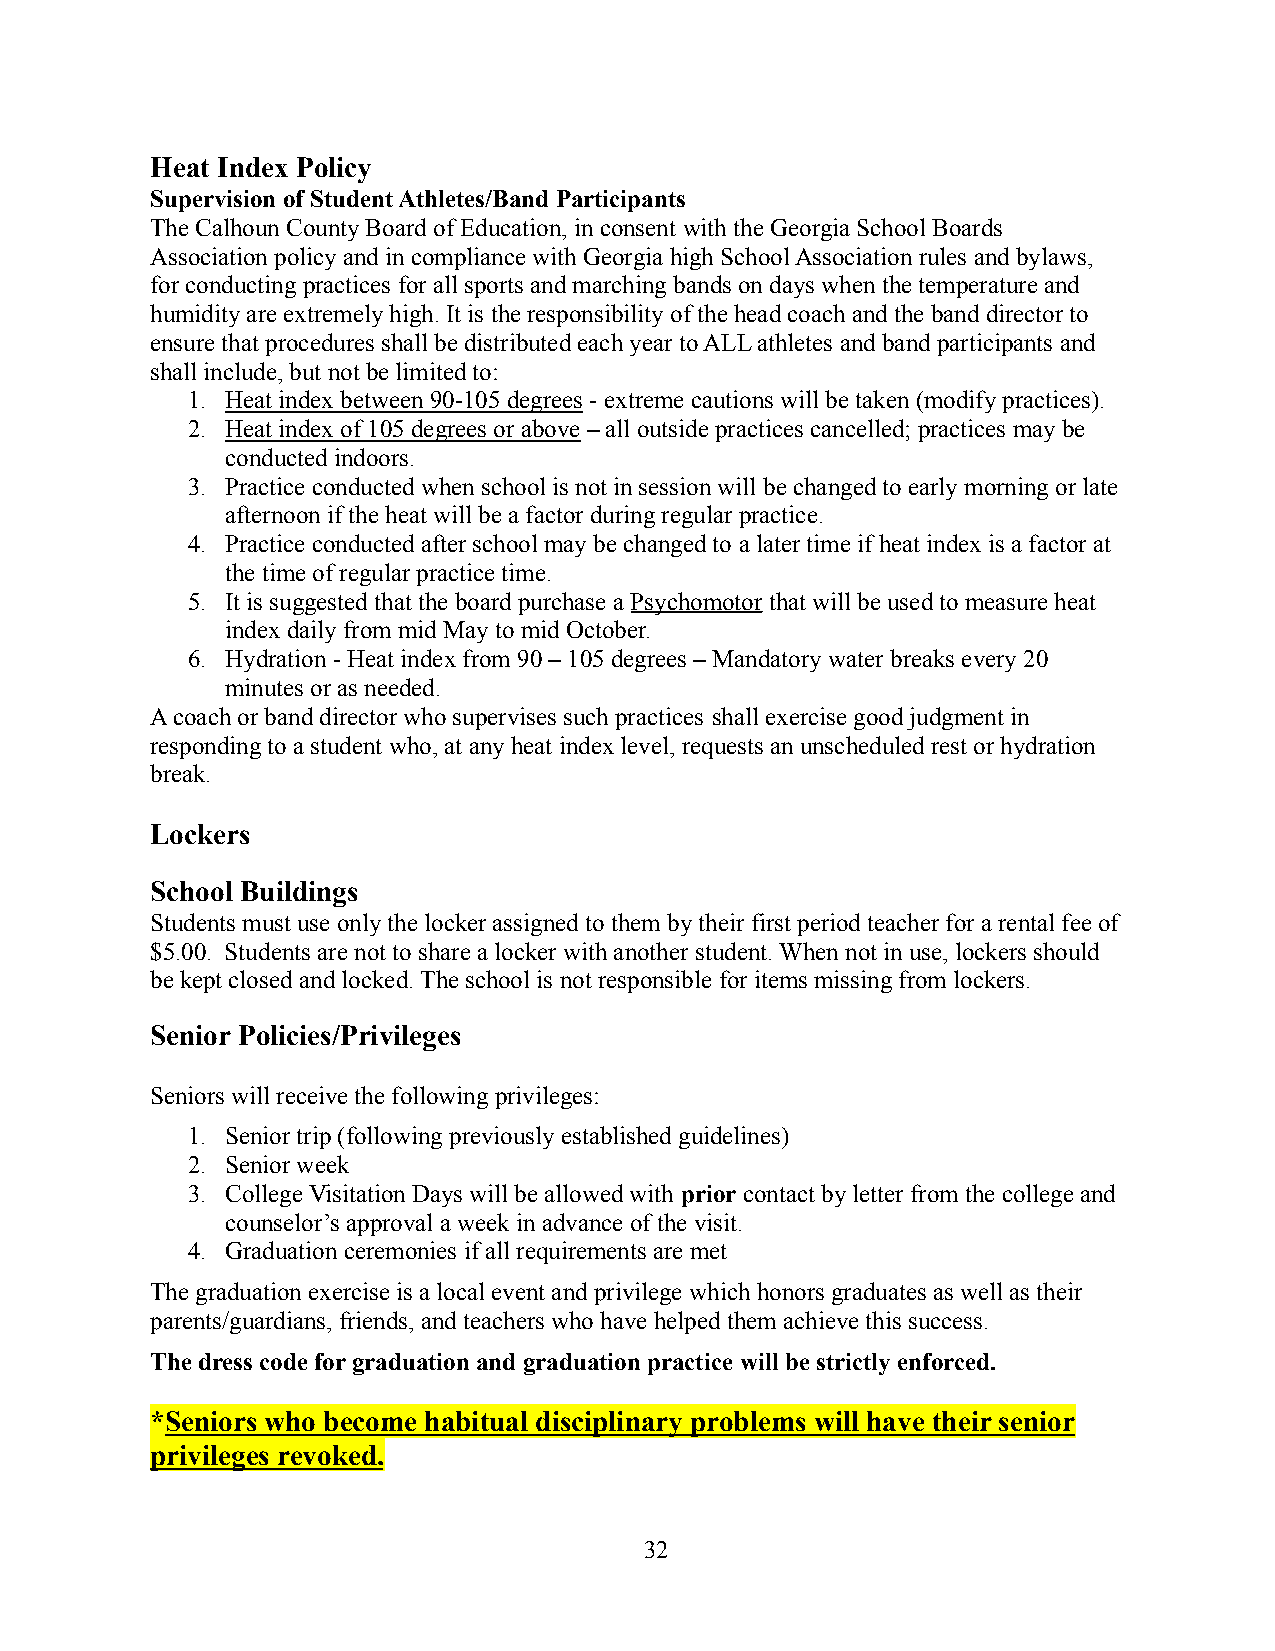
Heat Index Policy
 Supervision of Student Athletes/Band Participants
 The Calhoun County Board of Education, in consent with the Georgia School Boards
 Association policy and in compliance with Georgia high School Association rules and bylaws,
 for conducting practices for all sports and marchingbands on days when the temperature and
 humidity are extremely high. It is the responsibility of the head coach and the band director to
 ensure that procedures shall be distributed each yearto ALL athletes and band participants and
 shall include, but not be limited to:
 1. Heat index between 90-105 degrees - extreme cautionswill be taken (modify practices).
 2. Heat index of 105 degrees or above– all outside practicescancelled; practices may be
 conducted indoors.
 3. Practice conducted when school is not in session willbe changed to early morning or late
 afternoon if the heat will be a factor during regularpractice.
 4. Practice conducted after school may be changed toa later time if heat index is a factor at
 the time of regular practice time.
 5. It is suggested that the board purchase aPsychomotor that will be used to measure heat
 index daily from mid May to mid October.
 6. Hydration - Heat index from 90 – 105 degrees – Mandatory water breaks every 20
 minutes or as needed.
 A coach or band director who supervises such practices shall exercise good judgment in
 responding to a student who, at any heat index level, requests an unscheduled rest or hydration
 break.
 Lockers
 School Buildings
 Students must use only the locker assigned to themby their first period teacher for a rental fee of
 $5.00. Students are not to share a locker with another student. When not in use, lockers should
 be kept closed and locked. The school is not responsible for items missing from lockers.
 Senior Policies/Privileges
 Seniors will receive the following privileges:
 1. Senior trip (following previously established guidelines)
 2. Senior week
 3. College Visitation Days will be allowed with prior contact by letter from the college and
 counselor’s approval a week in advance of the visit.
 4. Graduation ceremonies if all requirements are met
 The graduation exercise is a local event and privilegewhich honors graduates as well as their
 parents/guardians, friends, and teachers who have helped them achieve this success.
 The dress code for graduation and graduation practice will be strictly enforced.
 *Seniors who become habitual disciplinary problems will have their senior
 privileges revoked.
 32